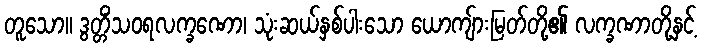
တူသော။ ဒွတ္တိံသဝရလက္ခဏော၊ သုံးဆယ်နှစ်ပါးသော ယောကျ်ားမြတ်တို့၏ လက္ခဏာတို့နှင့်